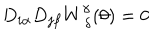
D _ { i \alpha } D _ { j \beta } W _ { ~ \delta } ^ { \gamma } ( \theta ) = 0